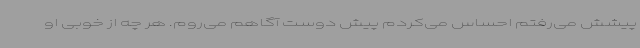
پیشش می‌رفتم احساس می‌کردم پیش دوست آگاهم می‌روم. هر چه از خوبی او